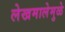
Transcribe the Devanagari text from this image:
लेखमालेमुळे